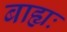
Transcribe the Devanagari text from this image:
बाह्यः